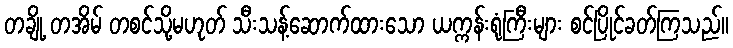
တချို့ တအိမ် တစင်သို့မဟုတ် သီးသန့်ဆောက်ထားသော ယက္ကန်းရုံကြီးများ စင်ပြိုင်ခတ်ကြသည်။